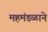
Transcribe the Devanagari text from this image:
महमंडळाने